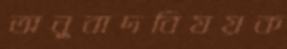
অনুবাদবিষয়ক